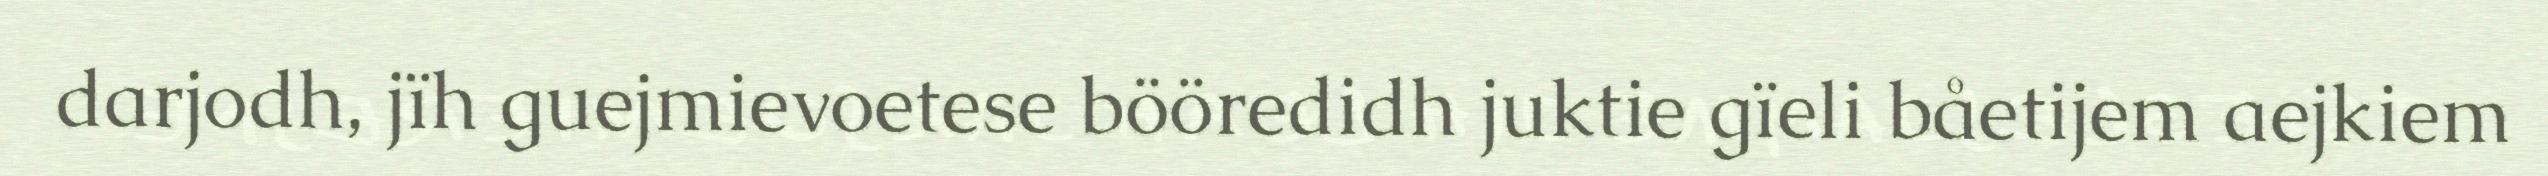
darjodh, jïh guejmievoetese bööredidh juktie gïeli båetijem aejkiem